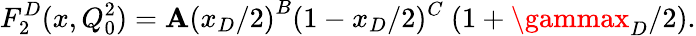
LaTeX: F_{2}^{D}(x,Q_{0}^{2})=\mathbf{A}{(x_{D}/2)}^{B}(1-x_{D}/2)^{C}~(1+\gammax_{D}/2).